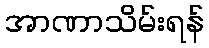
အာဏာသိမ်းရန်